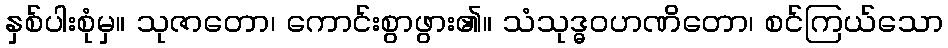
နှစ်ပါးစုံမှ။ သုဇာတော၊ ကောင်းစွာဖွား၏။ သံသုဒ္ဓဝဟဏိတော၊ စင်ကြယ်သော